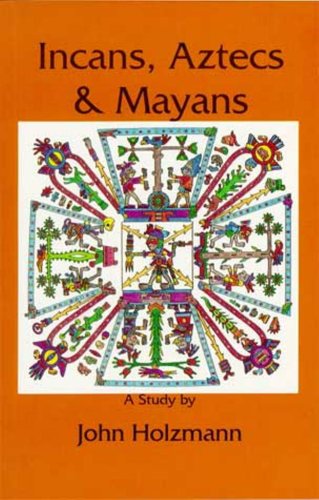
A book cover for Incans Aztecs Mayans; John Holzmann; History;